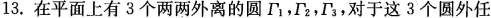
13.在平面上有3个两两外离的圆 Γ_{1}，Γ_{2}，Γ_{3}，，对于这3个圆外任